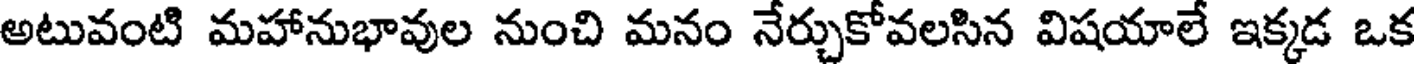
అటువంటి మహానుభావుల నుంచి మనం నేర్చుకోవలసిన విషయాలే ఇక్కడ ఒక